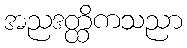
အညဒတ္ထိကသညာ